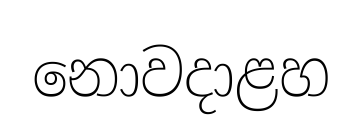
නොවදාළහ